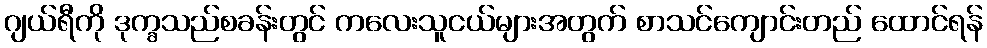
ဂျယ်ရီကို ဒုက္ခသည်စခန်းတွင် ကလေးသူငယ်များအတွက် စာသင်ကျောင်းတည် ထောင်ရန်